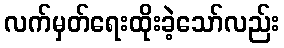
လက်မှတ်ရေးထိုးခဲ့သော်လည်း